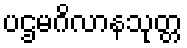
ပဌမဂိလာနသုတ္တ